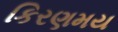
કિરણમય